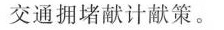
交通拥堵献计献策。